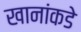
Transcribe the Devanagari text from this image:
खानांकडे